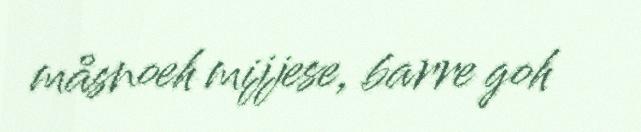
måsnoeh mijjese, barre goh